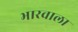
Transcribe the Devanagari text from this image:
भारवाला